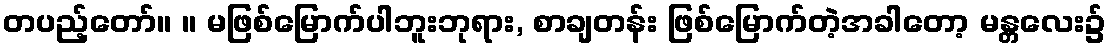
တပည့်တော်။ ။ မဖြစ်မြောက်ပါဘူးဘုရား, စာချတန်း ဖြစ်မြောက်တဲ့အခါတော့ မန္တလေး၌